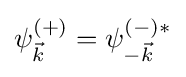
\psi _{\vec {k}}^{(+)}=\psi _{-{\vec {k}}}^{(-)*}